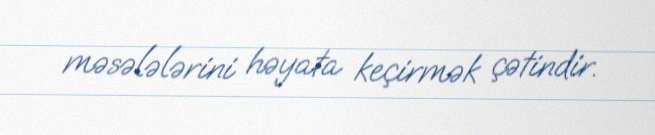
məsələlərini həyata keçirmək çətindir.